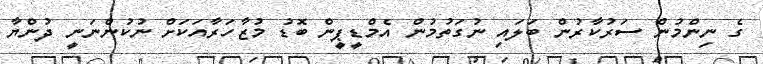
ގެ ނިންމުން ސަރުކާރުން ބަލައި ނުގަތުމުން އެމްޑީޕީން ބޮޑު މުޒާހަރާއަކަށް ނުކުންނަނީ ދުންޔާ